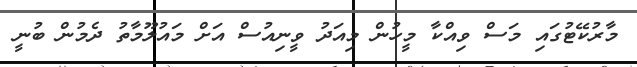
މާރުކޭޓުގައި މަސް ވިއްކާ މީހުން މިއަދު ވީނިއުސް އަށް މައުލޫމާތު ދެމުން ބުނީ